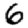
Digit: 6